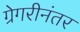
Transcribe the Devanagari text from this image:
ग्रेगरीनंतर